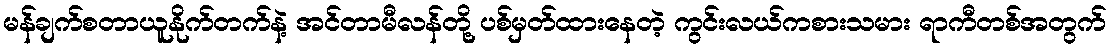
မန်ချက်စတာယူနိုက်တက်နဲ့ အင်တာမီလန်တို့ ပစ်မှတ်ထားနေတဲ့ ကွင်းလယ်ကစားသမား ရာကီတစ်အတွက်